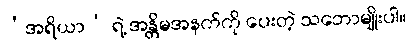
‘အရိယာ’ ရဲ့ အန္တိမအနက်ကို ပေးတဲ့ သဘောမျိုးပါ။